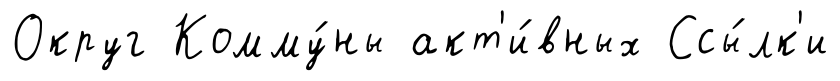
Округ Комму́ны акт'и́вных Ссы́лк'и